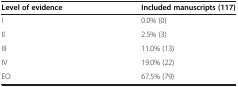
<table><thead><tr><td><b>Level of evidence</b></td><td><b>Included manuscripts (117)</b></td></tr></thead><tbody><tr><td>I</td><td>0.0% (0)</td></tr><tr><td>II</td><td>2.5% (3)</td></tr><tr><td>III</td><td>11.0% (13)</td></tr><tr><td>IV</td><td>19.0% (22)</td></tr><tr><td>EO</td><td>67.5% (79)</td></tr></tbody></table>